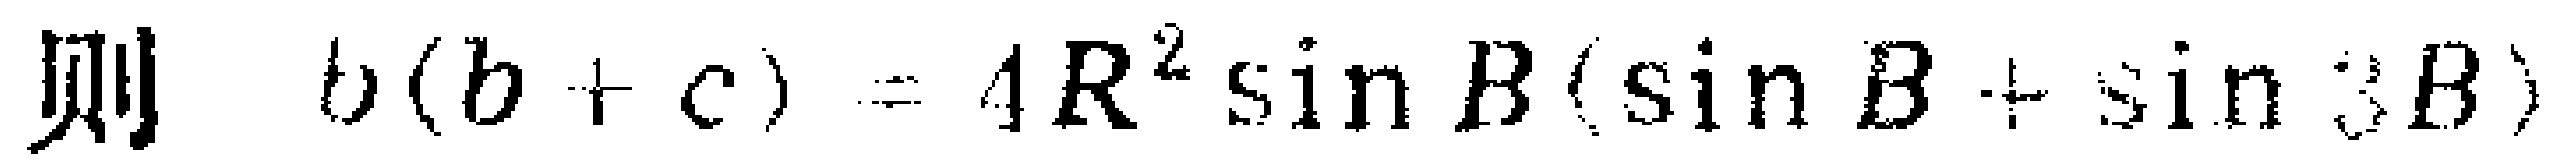
则 \(b(b + c)=4R^{2}\sin B(\sin B+\sin 3B)\)